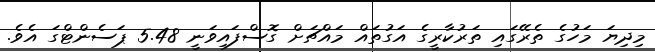
މިދިޔަ މަހުގެ ތެރޭގައި ތަރުކާރީގެ އަގުތައް މައްޗަށް ގޮސްފައިވަނީ 5.48 ޕަސެންޓްގަ އެވެ.